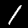
Digit: 1